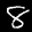
Digit: 8